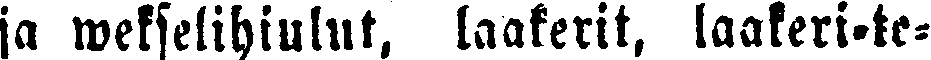
ja wekselihiulut, laakerit, laakeri-te-